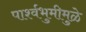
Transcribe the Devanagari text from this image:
पार्श्वभुमीमुळे